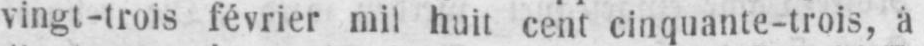
vingt-trois février mil huit cent cinquante-trois, à